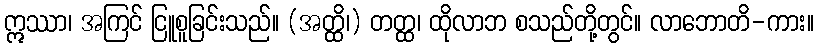
ဣဿာ၊ အကြင် ငြူစူခြင်းသည်။ (အတ္ထိ၊) တတ္ထ၊ ထိုလာဘ စသည်တို့တွင်။ လာဘောတိ-ကား။